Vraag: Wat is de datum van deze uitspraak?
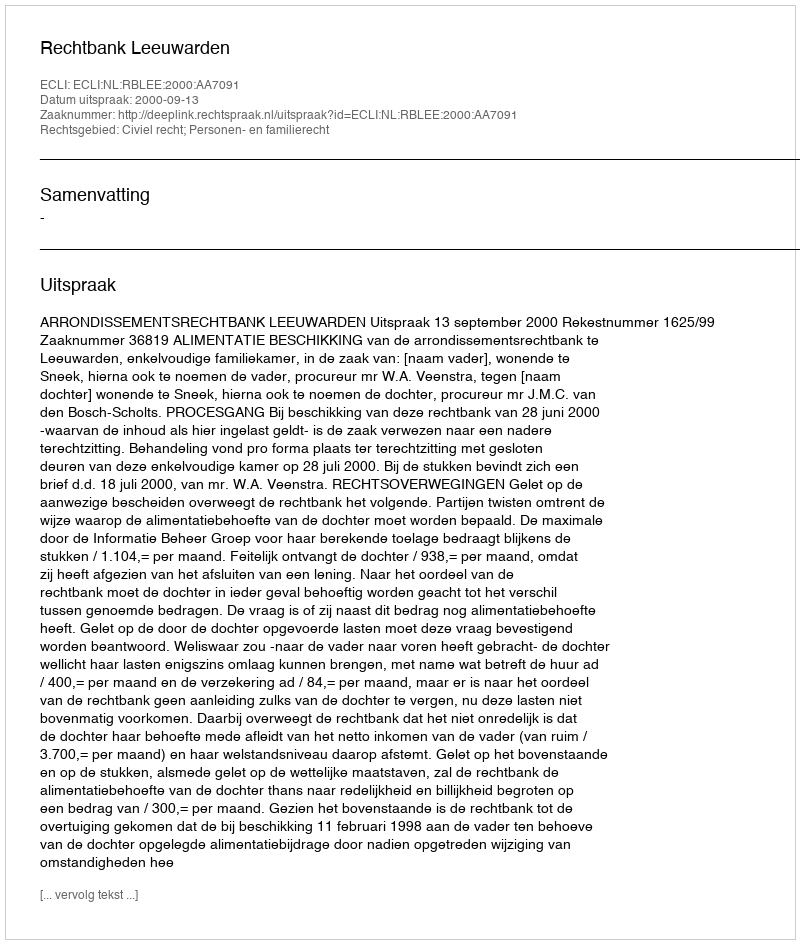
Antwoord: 2000-09-13